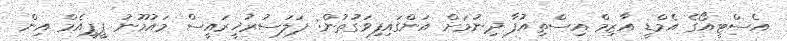
އެސްޓީއޯގެ އެމްޑީ އާޒިމް އިސްތިއުފާ ދިނުމަށް އަންގައިފިވަގުތުން: ފަލަސުރުޚީރައީސް މައުމޫނު ޕީޕީއެމް އިން